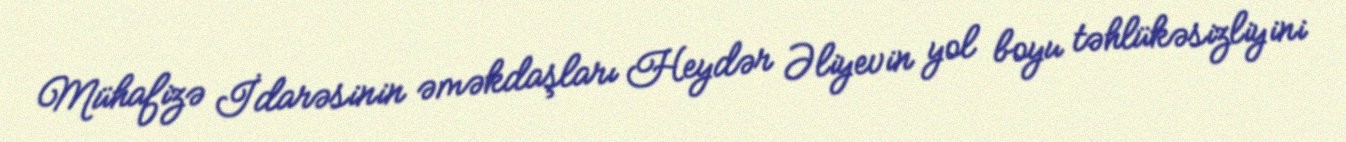
Mühafizə İdarəsinin əməkdaşları Heydər Əliyevin yol boyu təhlükəsizliyini